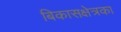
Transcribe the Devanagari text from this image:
बिकासक्षेत्रका